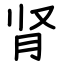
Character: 肾